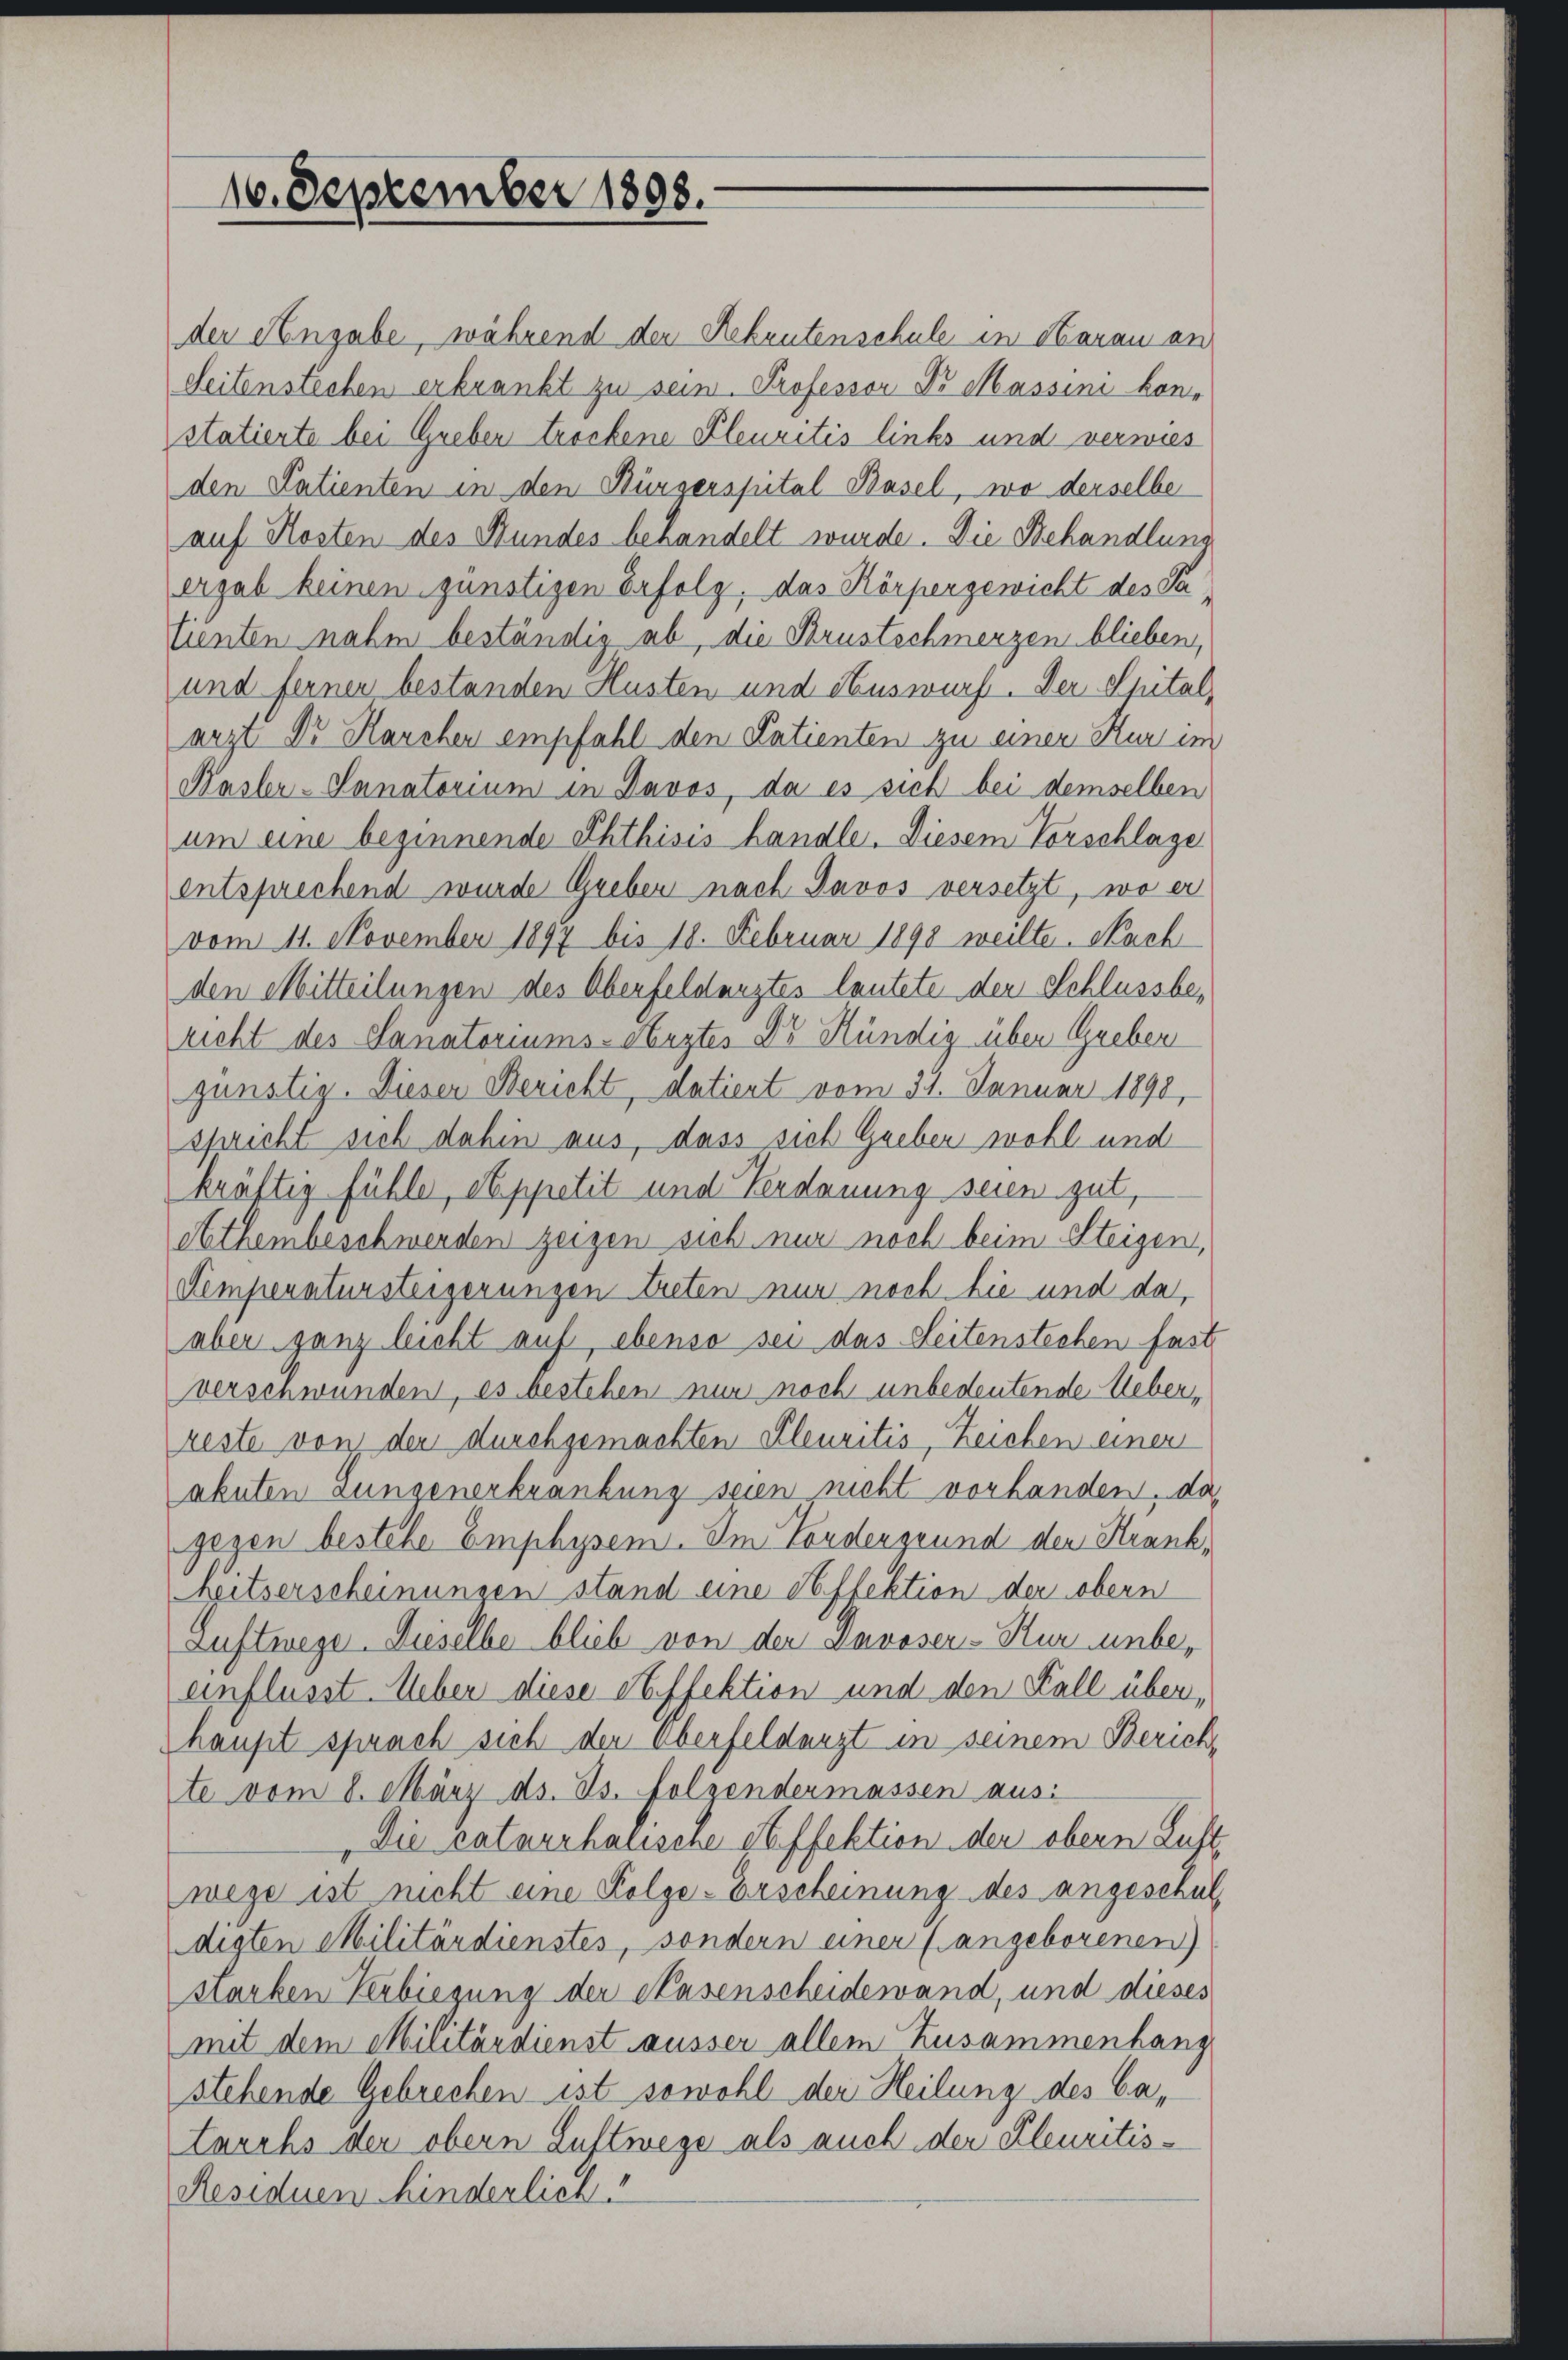
10. September 1898.

der Angabe, während der Rekrutenschule in Aarau an
Seitenstechen erkrankt zu sein. Professor Dr Massini Constatierte bei Greben trockene Pleuritis links und verwies
den Patienten in den Bürgerspital Basel, wo derselbe
auf Kosten des Bundes behandelt wurde. Die Behandlung
ergab keinen günstigen Erfolg, das Körpergewicht des Sa
tienten nahm beständig ab, die Brustechmerzen blieben,
und fernen bestanden Husten und Auswurf. Der Spitalarzt Dr. Karcher empfahl den Patienten zu einer Kur im
Kasler-Sanatorium in Davos, da es sich bei demselben
um eine beginnende Phthisis handle. Diesem Vorschlage
entsprechend wurde Greber nach Davos versetzt, wo er
vom 11. November 1897 bis 18. Februar 1898 weilte. Nach
den Mitteilungen des Oberfeldangtes lautete den Schlussbericht des Sanatoriums-Anstes Dr Hündig über Greben
günstig. Dieser Bericht, datient vom 31. Januar 1890
spricht sich dahin aus, dass sich Greben wohl und
kräftig fühle, et ppetit und Verdauung seien gut,
Athembeschwerden zeigen sich nur noch beim Steigen,
Femperatursteigerungen treten nur noch die und da,
aber ganz leicht auf, ebenso sei das Seitenstechen fast
verschwunden, es bestehen nur noch unbedeutende Ueber
reste von der durchgemachten Kleuritis, Zeichen einen
akuten Lungenerkrankung seien nicht vorhanden, das
gegen bestehe Emphysem. Im Fordergrund der Krank,
heitserscheinungen stand eine Affektion der obern
Luftwege. Dieselbe blieb von der Davoser-Kur unbe-
einflusst. Ueber diese Steffektion und den Fall über,
haupt sprach sich den Überfeldangt in seinem Zürich,
te vom 8. März ds. Js. folgendermassen aus
Die catarrhalische Steffektion der obern Luft
wege ist nicht eine Folge-Erscheinung des angeschul
digten Militärdienstes, sondern einer langeborenen)
starken Verbiegung der Hasenscheidewand, und dieses
mit dem Militärdienst ausser allem Zusammenhang
stehende Gebrechen ist sowohl der Heilung des Catauchs der obern Luftwege als auch der Kleuritis-
Residuen hinderlich